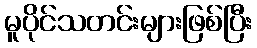
မူပိုင်သတင်းများဖြစ်ပြီး